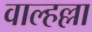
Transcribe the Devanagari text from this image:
वाल्हल्ला